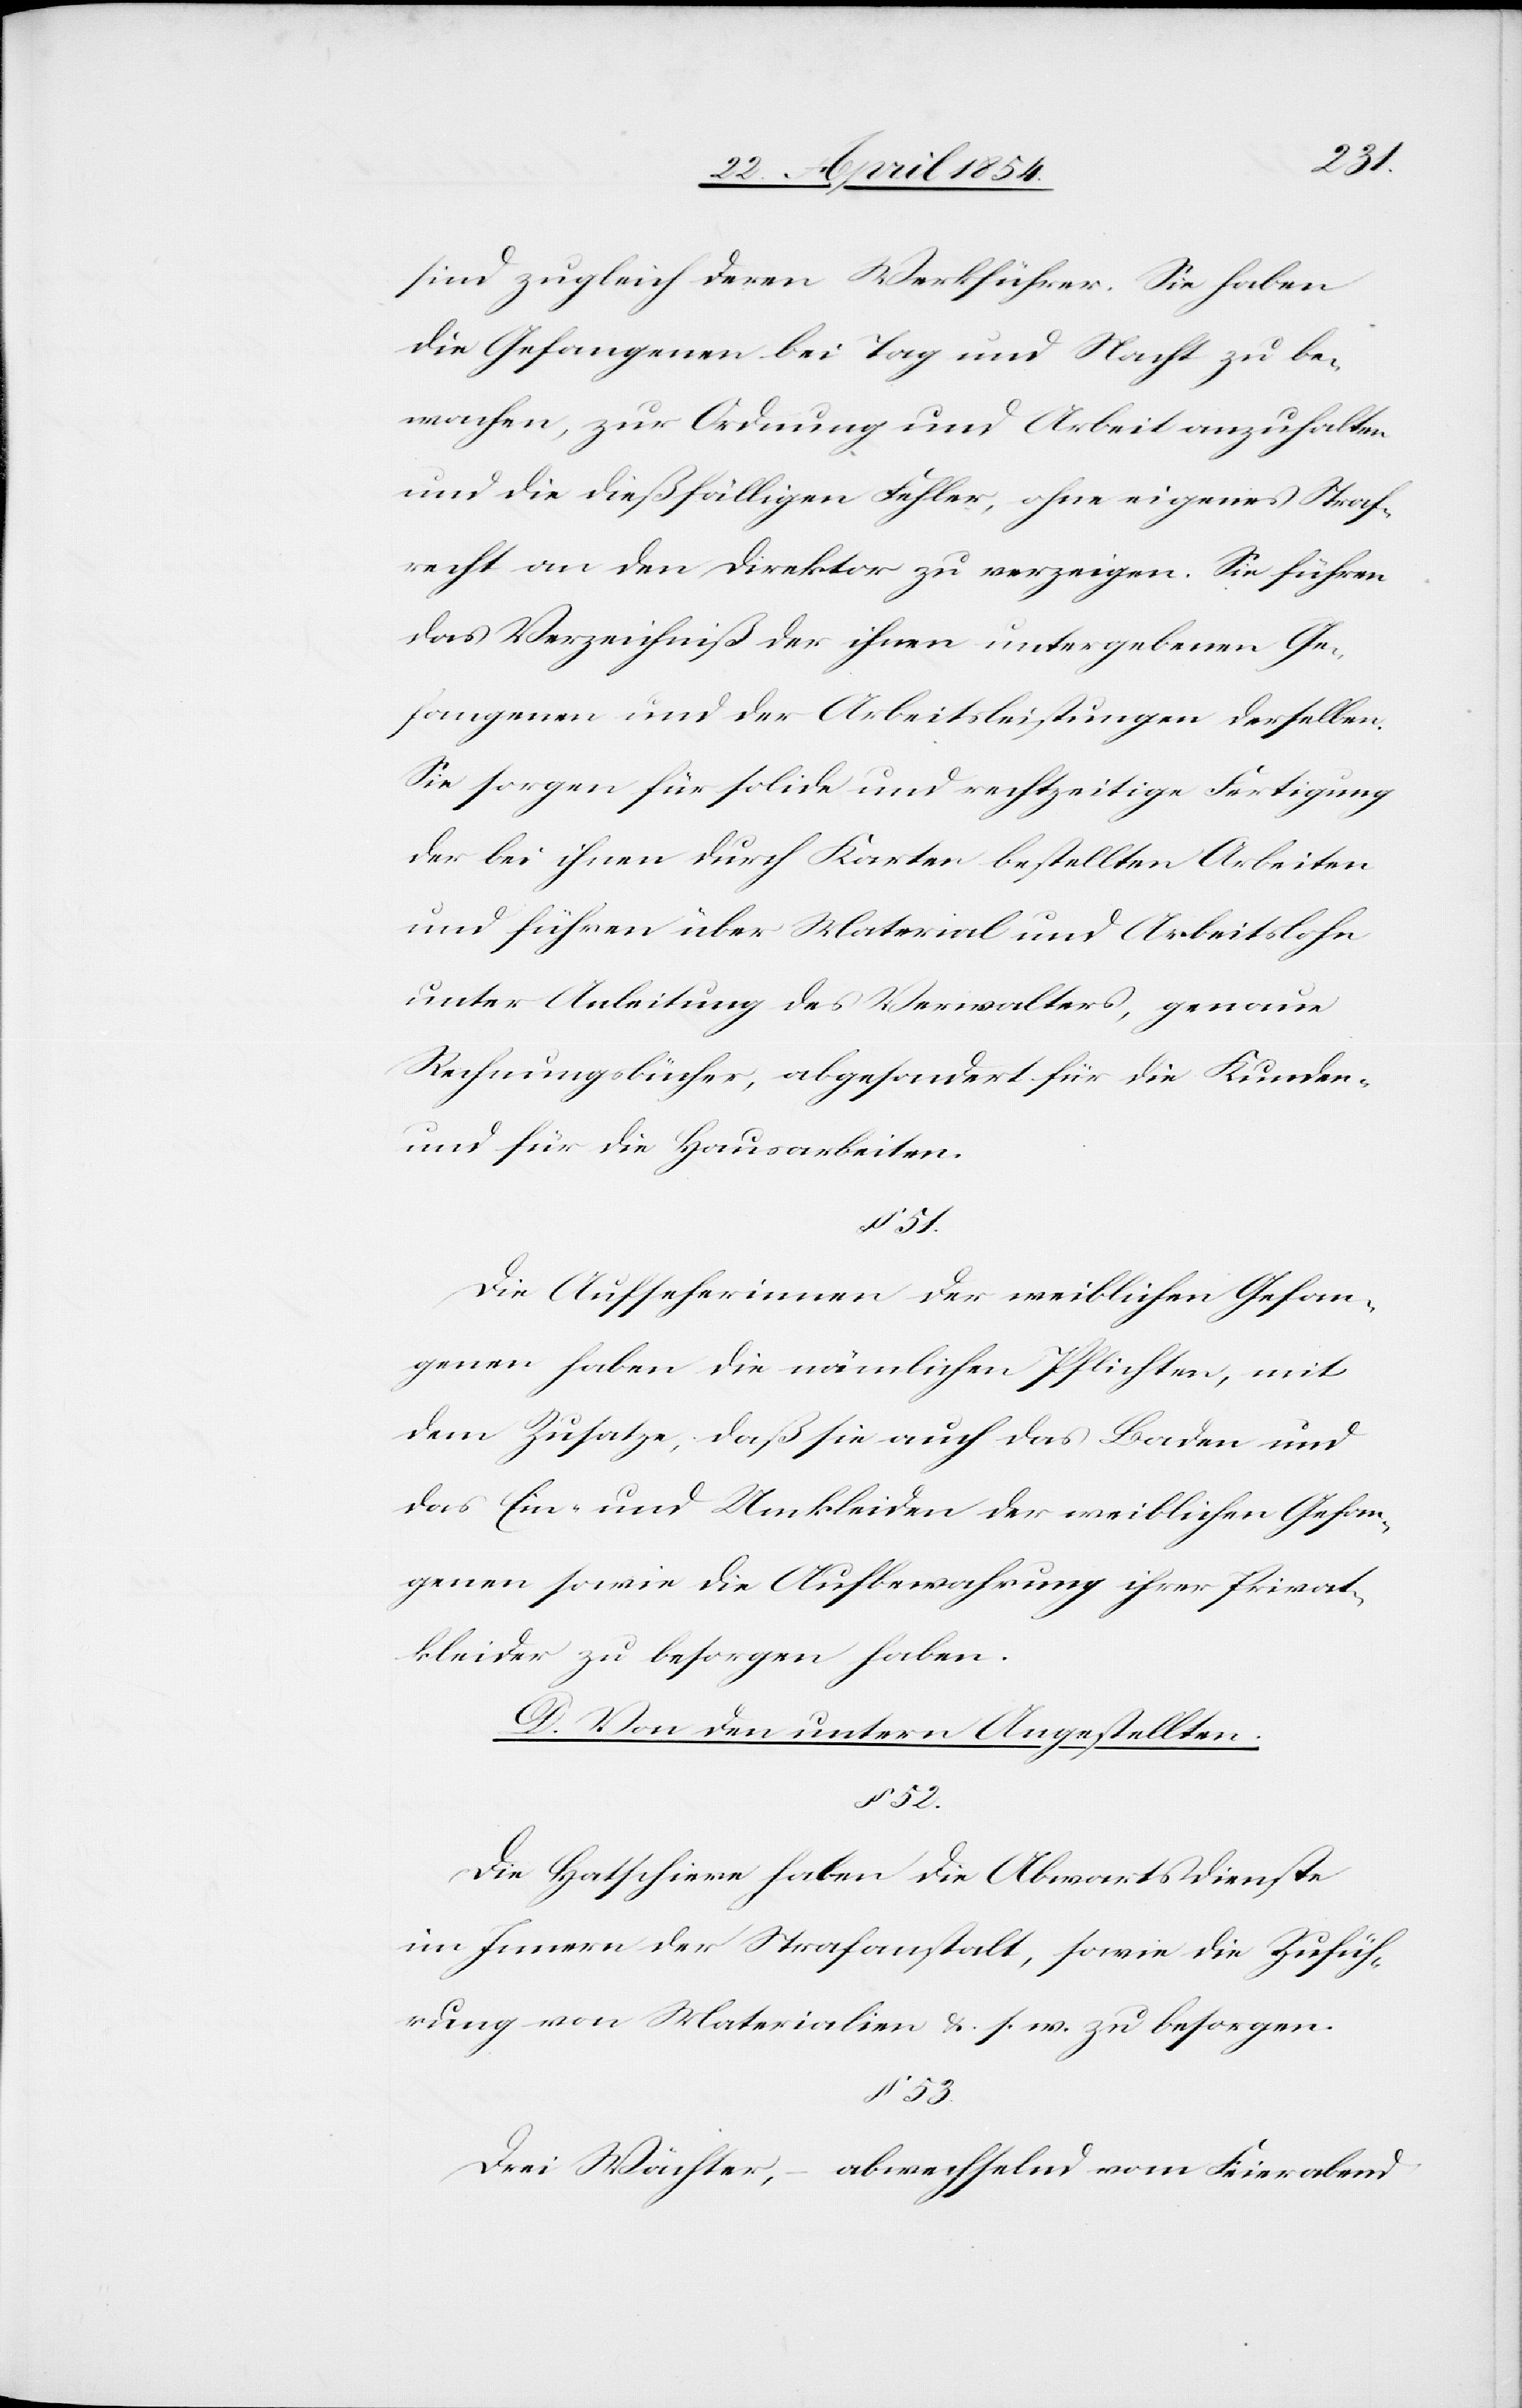
53.
sind zugleich deren Werkführer. Sie haben
die Gefangenen bei Tag und Nacht zu be¬
wachen, zur Ordnung und Arbeit anzuhalten
und die diesfälligen Fehler, ohne eigenes Straf¬
recht an den Direktor zu verzeigen. Sie führen
das Verzeichniß der ihnen untergebenen Ge¬
fangenen und der Arbeitsleistungen derselben.
Sie sorgen für solide und rechtzeitige Fertigung
der bei ihnen durch Karten bestellten Arbeiten
und führen über Material und Arbeitslohn
unter Anleitung des Verwalters, genaue
Rechnungsbücher, abgesondert für die Kunden-
und für die Hausarbeiten.
§ 51.
Die Aufseherinnen der weiblichen Gefan¬
genen haben die nämlichen Pflichten, mit
dem Zusatze, daß sie auch das Baden und
das Ein- und Umkleiden der weiblichen Gefan¬
genen sowie die Aufbewahrung ihrer Privat¬
kleider zu besorgen haben.
D. Von den untern Angestellten.
§ 52.
Die Hatschiere haben die Abwartsdienste
im Innern der Strafanstalt, sowie die Zufüh¬
rung von Materialien u. s. w. zu besorgen.
Drei Wächter, – abwechselnd vom Feierabend